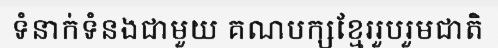
ទំនាក់ទំនងជាមួយ គណបក្សខ្មែររួបរួមជាតិ